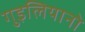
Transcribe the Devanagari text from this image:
गुइलियानो